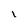
Character: l